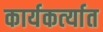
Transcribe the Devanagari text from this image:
कार्यकर्त्‍यात